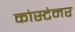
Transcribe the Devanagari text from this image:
कोस्टेनर